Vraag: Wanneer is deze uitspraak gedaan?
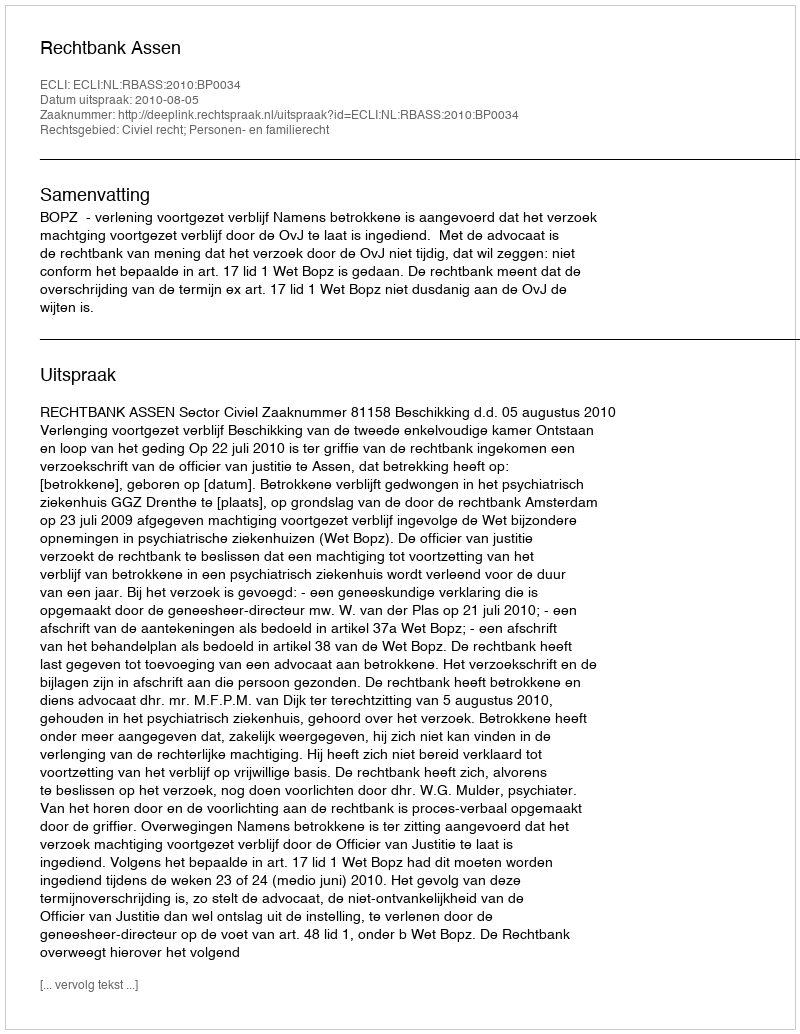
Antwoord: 2010-08-05